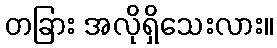
တခြား အလိုရှိသေးလား။